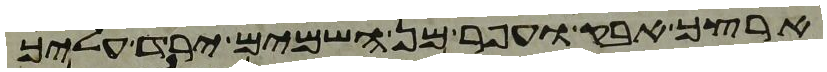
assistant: ארצך אבק ועפר מן השמים ירד עליך